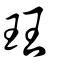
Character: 玨